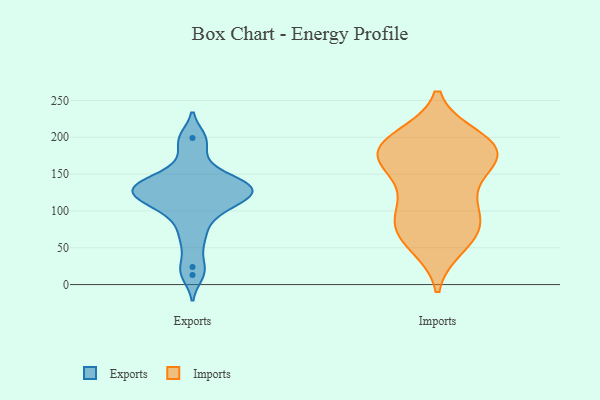
{"axis": {"x": "Inventory Turnover", "y": "Value"}, "legend": ["Exports", "Imports"], "data": [{"x": "", "y": 169, "type": "Exports"}, {"x": "", "y": 199, "type": "Exports"}, {"x": "", "y": 95, "type": "Exports"}, {"x": "", "y": 117, "type": "Exports"}, {"x": "", "y": 135, "type": "Exports"}, {"x": "", "y": 116, "type": "Exports"}, {"x": "", "y": 116, "type": "Exports"}, {"x": "", "y": 13, "type": "Exports"}, {"x": "", "y": 133, "type": "Exports"}, {"x": "", "y": 131, "type": "Exports"}, {"x": "", "y": 24, "type": "Exports"}, {"x": "", "y": 133, "type": "Exports"}, {"x": "", "y": 119, "type": "Exports"}, {"x": "", "y": 101, "type": "Exports"}, {"x": "", "y": 196, "type": "Exports"}, {"x": "", "y": 148, "type": "Exports"}, {"x": "", "y": 73, "type": "Exports"}, {"x": "", "y": 141, "type": "Exports"}, {"x": "", "y": 131, "type": "Exports"}, {"x": "", "y": 56, "type": "Exports"}, {"x": "", "y": 73, "type": "Imports"}, {"x": "", "y": 85, "type": "Imports"}, {"x": "", "y": 53, "type": "Imports"}, {"x": "", "y": 192, "type": "Imports"}, {"x": "", "y": 180, "type": "Imports"}, {"x": "", "y": 199, "type": "Imports"}, {"x": "", "y": 167, "type": "Imports"}, {"x": "", "y": 178, "type": "Imports"}, {"x": "", "y": 185, "type": "Imports"}, {"x": "", "y": 159, "type": "Imports"}, {"x": "", "y": 174, "type": "Imports"}, {"x": "", "y": 79, "type": "Imports"}, {"x": "", "y": 106, "type": "Imports"}, {"x": "", "y": 134, "type": "Imports"}, {"x": "", "y": 102, "type": "Imports"}, {"x": "", "y": 59, "type": "Imports"}, {"x": "", "y": 192, "type": "Imports"}]}